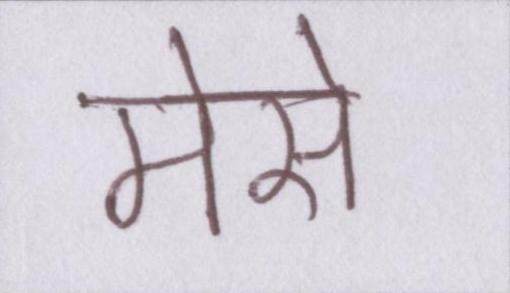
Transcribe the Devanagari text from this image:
मेसे